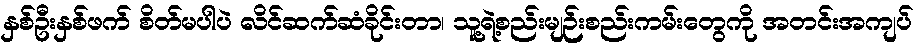
နှစ်ဦးနှစ်ဖက် စိတ်မပါပဲ လိင်ဆက်ဆံခိုင်းတာ၊ သူ့ရဲ့စည်းမျဉ်းစည်းကမ်းတွေကို အတင်းအကျပ်